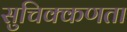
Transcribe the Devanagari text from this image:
सुचिक्कणता